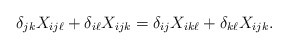
\begin{align*} \delta_{jk}X_{ij\ell} + \delta_{i\ell}X_{ijk} = \delta_{ij}X_{ik\ell} + \delta_{k\ell}X_{ijk}.\end{align*}